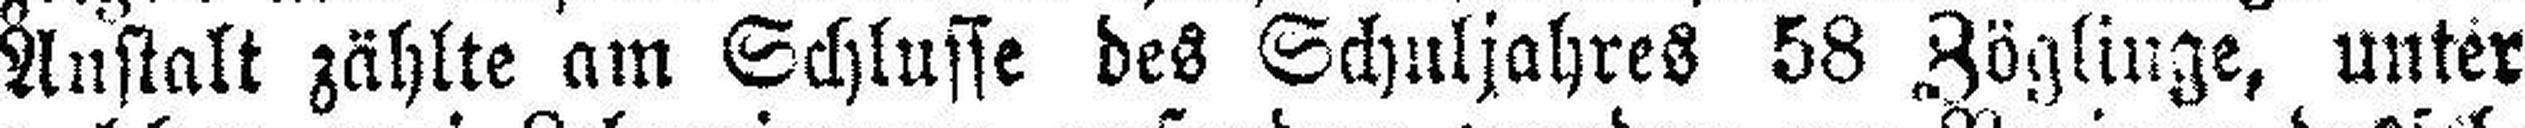
Anstalt zählte am Schlusse des Schuljahres 58 Zöglinge, unter